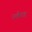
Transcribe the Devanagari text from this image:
प्लैण्ड